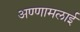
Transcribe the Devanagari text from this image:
अण्णामलाई